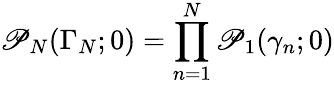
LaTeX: \mathscr{P}_{N}(\Gamma_{N};0)=\prod_{n=1}^{N}\mathscr{P}_{1}(\gamma_{n};0)